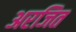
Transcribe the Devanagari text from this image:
अरजित